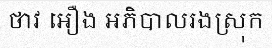
ថាវ អឿង អភិបាលរងស្រុក